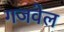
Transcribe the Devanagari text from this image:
गजवेल